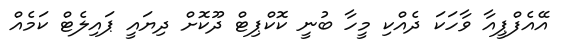
އޭއެފްޕީއާ ވާހަކަ ދެއްކި މީހާ ބުނީ ކޮކްޕިޓް ދޫކޮށް ދިޔައީ ޕައިލެޓް ކަމެއް